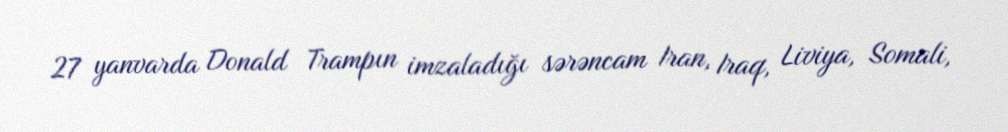
27 yanvarda Donald Trampın imzaladığı sərəncam Iran, Iraq, Liviya, Somali,